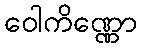
ဝေါကိဏ္ဏော